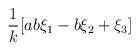
LaTeX: \begin{align*}\frac{1}{k} [ab\xi_{1} - b\xi_{2} + \xi_{3}]\end{align*}